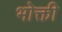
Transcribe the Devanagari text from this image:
भोक्ती